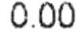
0.00